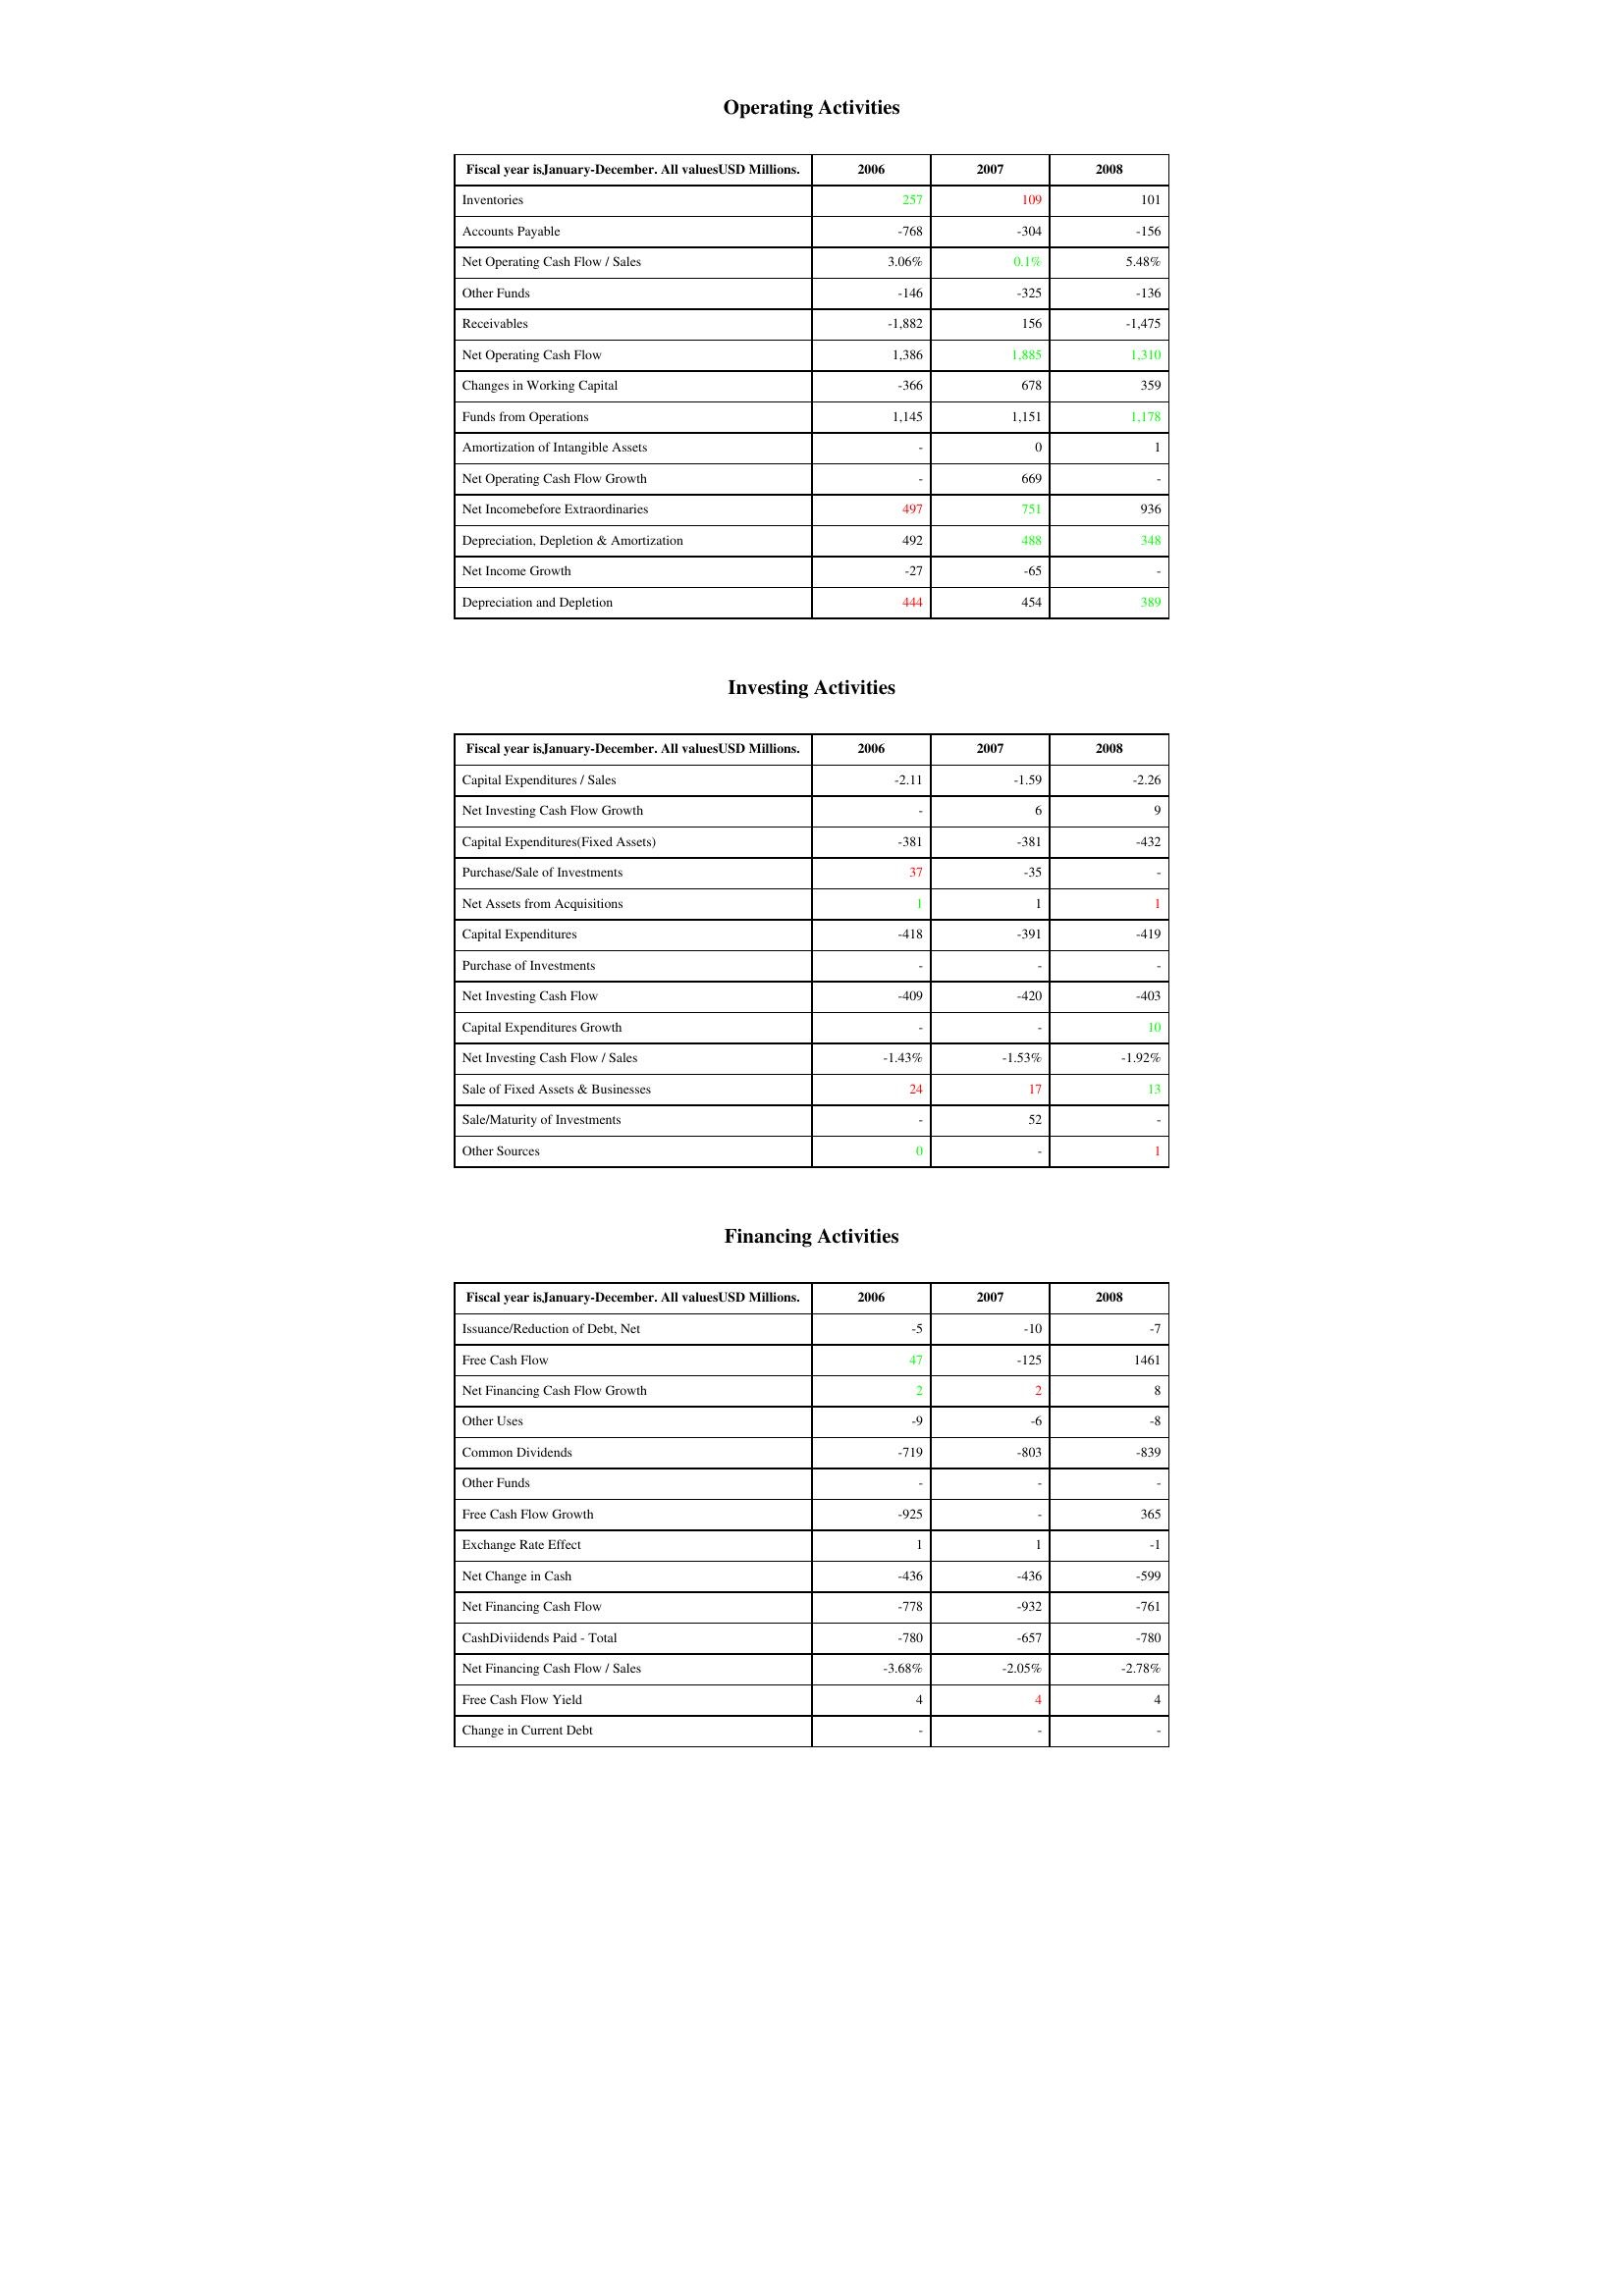
gt_parse: 2006: Operating Activities: Inventories: 257
Accounts Payable: -768
Net Operating Cash Flow / Sales: 3.06%
Other Funds: -146
Receivables: -1,882
Net Operating Cash Flow: 1,386
Changes in Working Capital: -366
Funds from Operations: 1,145
Amortization of Intangible Assets: -
Net Operating Cash Flow Growth: -
Net Incomebefore Extraordinaries: 497
Depreciation, Depletion & Amortization: 492
Net Income Growth: -27
Depreciation and Depletion: 444
Investing Activities: Capital Expenditures / Sales: -2.11
Net Investing Cash Flow Growth: -
Capital Expenditures(Fixed Assets): -381
Purchase/Sale of Investments: 37
Net Assets from Acquisitions: 1
Capital Expenditures: -418
Purchase of Investments: -
Net Investing Cash Flow: -409
Capital Expenditures Growth: -
Net Investing Cash Flow / Sales: -1.43%
Sale of Fixed Assets & Businesses: 24
Sale/Maturity of Investments: -
Other Sources: 0
Financing Activities: Issuance/Reduction of Debt, Net: -5
Free Cash Flow: 47
Net Financing Cash Flow Growth: 2
Other Uses: -9
Common Dividends: -719
Other Funds: -
Free Cash Flow Growth: -925
Exchange Rate Effect: 1
Net Change in Cash: -436
Net Financing Cash Flow: -778
CashDiviidends Paid - Total: -780
Net Financing Cash Flow / Sales: -3.68%
Free Cash Flow Yield: 4
Change in Current Debt: -
2007: Operating Activities: Inventories: 109
Accounts Payable: -304
Net Operating Cash Flow / Sales: 0.1%
Other Funds: -325
Receivables: 156
Net Operating Cash Flow: 1,885
Changes in Working Capital: 678
Funds from Operations: 1,151
Amortization of Intangible Assets: 0
Net Operating Cash Flow Growth: 669
Net Incomebefore Extraordinaries: 751
Depreciation, Depletion & Amortization: 488
Net Income Growth: -65
Depreciation and Depletion: 454
Investing Activities: Capital Expenditures / Sales: -1.59
Net Investing Cash Flow Growth: 6
Capital Expenditures(Fixed Assets): -381
Purchase/Sale of Investments: -35
Net Assets from Acquisitions: 1
Capital Expenditures: -391
Purchase of Investments: -
Net Investing Cash Flow: -420
Capital Expenditures Growth: -
Net Investing Cash Flow / Sales: -1.53%
Sale of Fixed Assets & Businesses: 17
Sale/Maturity of Investments: 52
Other Sources: -
Financing Activities: Issuance/Reduction of Debt, Net: -10
Free Cash Flow: -125
Net Financing Cash Flow Growth: 2
Other Uses: -6
Common Dividends: -803
Other Funds: -
Free Cash Flow Growth: -
Exchange Rate Effect: 1
Net Change in Cash: -436
Net Financing Cash Flow: -932
CashDiviidends Paid - Total: -657
Net Financing Cash Flow / Sales: -2.05%
Free Cash Flow Yield: 4
Change in Current Debt: -
2008: Operating Activities: Inventories: 101
Accounts Payable: -156
Net Operating Cash Flow / Sales: 5.48%
Other Funds: -136
Receivables: -1,475
Net Operating Cash Flow: 1,310
Changes in Working Capital: 359
Funds from Operations: 1,178
Amortization of Intangible Assets: 1
Net Operating Cash Flow Growth: -
Net Incomebefore Extraordinaries: 936
Depreciation, Depletion & Amortization: 348
Net Income Growth: -
Depreciation and Depletion: 389
Investing Activities: Capital Expenditures / Sales: -2.26
Net Investing Cash Flow Growth: 9
Capital Expenditures(Fixed Assets): -432
Purchase/Sale of Investments: -
Net Assets from Acquisitions: 1
Capital Expenditures: -419
Purchase of Investments: -
Net Investing Cash Flow: -403
Capital Expenditures Growth: 10
Net Investing Cash Flow / Sales: -1.92%
Sale of Fixed Assets & Businesses: 13
Sale/Maturity of Investments: -
Other Sources: 1
Financing Activities: Issuance/Reduction of Debt, Net: -7
Free Cash Flow: 1461
Net Financing Cash Flow Growth: 8
Other Uses: -8
Common Dividends: -839
Other Funds: -
Free Cash Flow Growth: 365
Exchange Rate Effect: -1
Net Change in Cash: -599
Net Financing Cash Flow: -761
CashDiviidends Paid - Total: -780
Net Financing Cash Flow / Sales: -2.78%
Free Cash Flow Yield: 4
Change in Current Debt: -